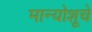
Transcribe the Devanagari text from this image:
मान्योशूचे